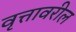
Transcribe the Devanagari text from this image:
वृत्तावरील